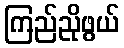
ကြည်ညိုဖွယ်